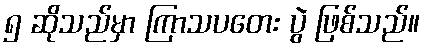
၅ ဆိုသည်မှာ ကြာသပတေး ပွဲ ဖြစ်သည်။